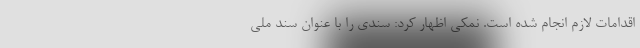
اقدامات لازم انجام شده است. نمکی اظهار کرد: سندی را با عنوان سند ملی